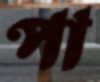
পা